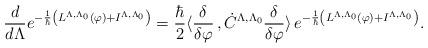
LaTeX: \begin{align*} \frac{d}{d\Lambda } e^{-\frac{1}{\hbar}\left( L^{\Lambda ,\Lambda _0}(\varphi ) + I^{\Lambda ,\Lambda _0} \right)} = \frac{\hbar}{2}\langle \frac{\delta }{\delta \varphi }\,,\dot C ^{\Lambda ,\Lambda _0} \frac{\delta } {\delta \varphi }\rangle \, e^{-\frac{1}{\hbar}\left( L^{\Lambda ,\Lambda _0}(\varphi ) + I^{\Lambda ,\Lambda _0} \right) } .\end{align*}